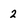
Character: 2